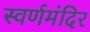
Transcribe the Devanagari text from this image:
स्वर्णमंदिर